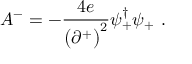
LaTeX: A ^ { - } = - { \frac { 4 e } { \bigl ( \partial ^ { + } \bigr ) ^ { 2 } } } \psi _ { + } ^ { \dagger } \psi _ { + } \ .